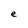
Character: e